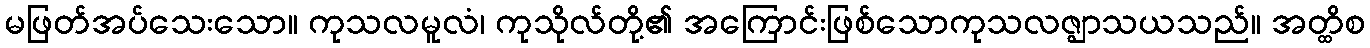
မဖြတ်အပ်သေးသော။ ကုသလမူလံ၊ ကုသိုလ်တို့၏ အကြောင်းဖြစ်သောကုသလဇ္ဈာသယသည်။ အတ္ထိစ